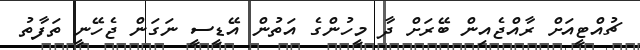
ޗުއްޓީއަށް ރާއްޖެއިން ބޭރަށް ދާ މީހުންގެ އަތުން އޭޑީސީ ނަގަން ޖެހޭނީ ތަފާތު